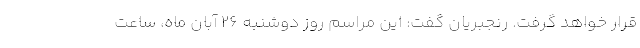
قرار خواهد گرفت. رنجبریان گفت: این مراسم روز دوشنبه 26 آبان ماه، ساعت